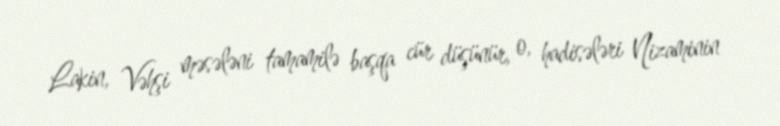
Lakin, Vəhşi məsələni tamamilə başqa cür düşünür, o, hadisələri Nizaminin